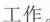
工作。